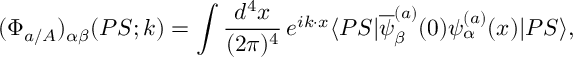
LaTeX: ( \Phi _ { a / A } ) _ { \alpha \beta } ( P S ; k ) = \int \frac { d ^ { 4 } x } { ( 2 \pi ) ^ { 4 } } \, e ^ { i k \cdot x } \langle P S | \overline { { { \psi } } } _ { \beta } ^ { ( a ) } ( 0 ) \psi _ { \alpha } ^ { ( a ) } ( x ) | P S \rangle ,